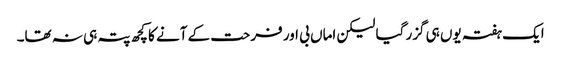
ایک ہفتہ یوں ہی گزر گیا لیکن اماں بی اور فرحت کے آنے کا کچھ پتہ ہی نہ تھا۔